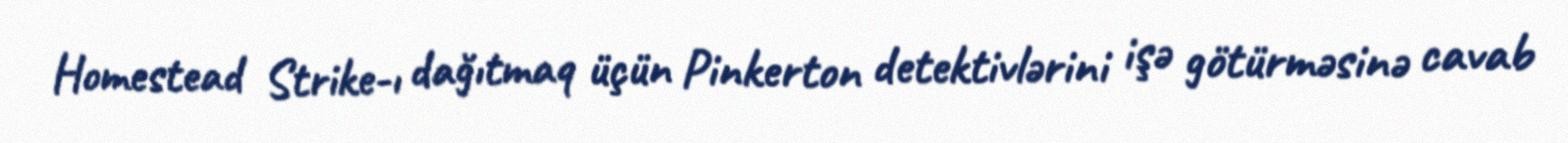
Homestead Strike-ı dağıtmaq üçün Pinkerton detektivlərini işə götürməsinə cavab